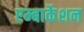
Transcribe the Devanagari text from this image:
एम्बार्केशन